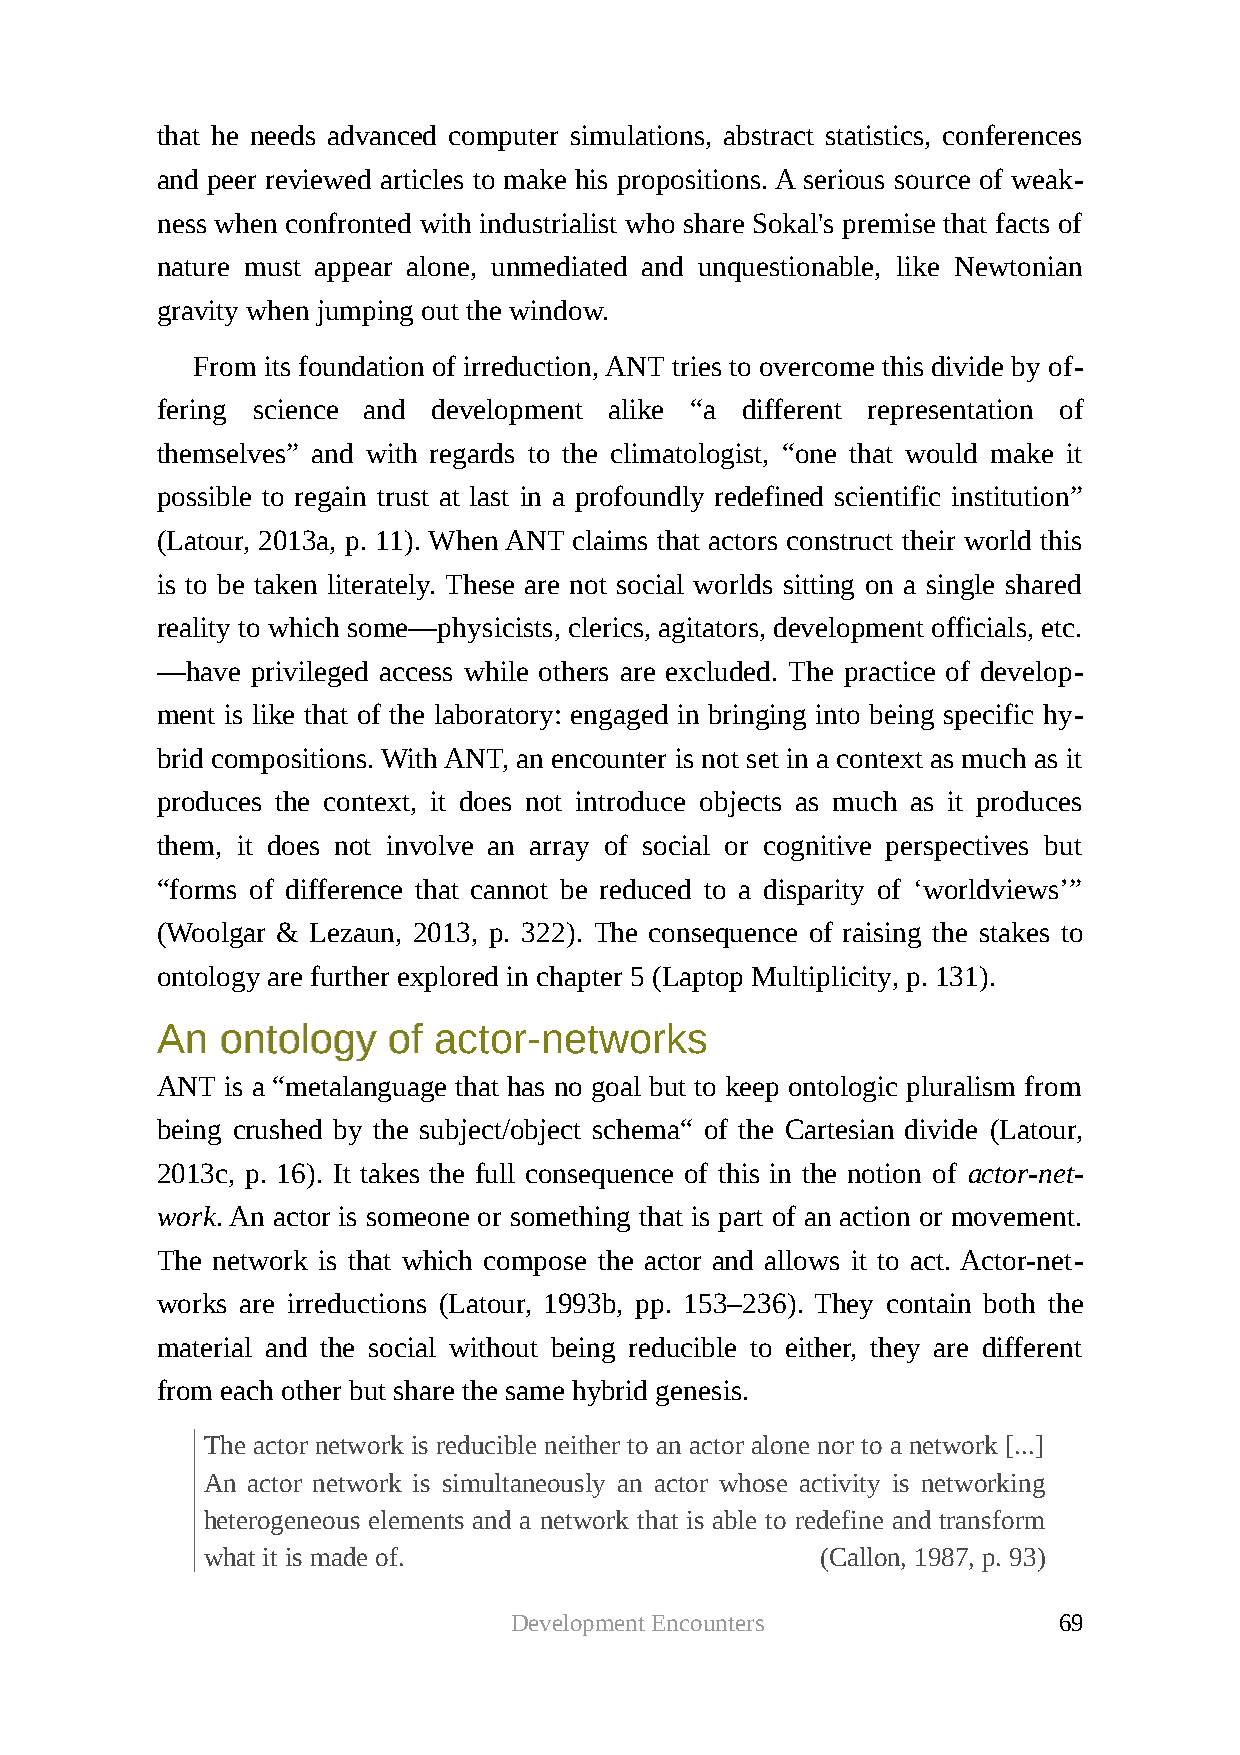
that he needs advanced computer simulations, abstract statistics, conferences
 and peer reviewed articles to make his propositions. A serious source of weak-
 ness when confronted with industrialist who share Sokal's premise that facts of
 nature must appear alone, unmediated and unquestionable, like Newtonian
 gravity when jumping out the window.
 From its foundation of irreduction, ANT tries to overcome this divide by of-
 fering science and development alike “a different representation of
 themselves” and with regards to the climatologist, “one that would make it
 possible to regain trust at last in a profoundly redefined scientific institution”
 (Latour, 2013a, p. 11). When ANT claims that actors construct their world this
 is to be taken literately. These are not social worlds sitting on a single shared
 reality to which some—physicists, clerics, agitators, development officials, etc.
 —have  privileged access while others are excluded. The practice of develop-
 ment is like that of the laboratory: engaged in bringing into being specific hy-
 brid compositions. With ANT, an encounter is not set in a context as much as it
 produces the context, it does not introduce objects as much as it produces
 them, it does not involve an array of social or cognitive perspectives but
 “forms of difference that cannot be reduced to a disparity of ‘worldviews’”
 (Woolgar & Lezaun, 2013, p. 322). The consequence of raising the stakes to
 ontology are further explored in chapter 5 (Laptop Multiplicity, p. 131).
 AAnn oonnttoollooggyy ooff aaccttoorr--nneettwwoorrkkss
 ANT  is a “metalanguage that has no goal but to keep ontologic pluralism from
 being crushed by the subject/object schema“ of the Cartesian divide (Latour,
 2013c, p. 16). It takes the full consequence of this in the notion of actor-net-
 work. An actor is someone or something that is part of an action or movement.
 The network is that which compose the actor and allows it to act. Actor-net-
 works are irreductions (Latour, 1993b, pp. 153–236). They contain both the
 material and the social without being reducible to either, they are different
 from each other but share the same hybrid genesis.
 The actor network is reducible neither to an actor alone nor to a network [...]
 An actor network is simultaneously an actor whose activity is networking
 heterogeneous elements and a network that is able to redefine and transform
 what it is made of.                     (Callon, 1987, p. 93)
 Development Encounters              69